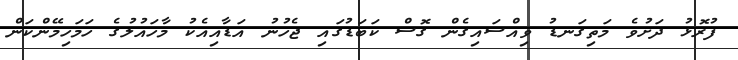
ފުރޮޅު ދަށުވެ މަތިގަނޑު ވިއްސައިގެން ގޮސް ކަބަޑުގައި ޖެހުނު އަޑާއިއެކު މާހައުލުގެ ހަމަހިމޭންކަން